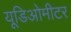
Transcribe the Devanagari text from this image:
यूडिओमीटर